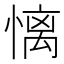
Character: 𢟢